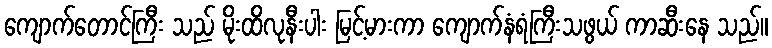
ကျောက်တောင်ကြီး သည် မိုးထိလုနီးပါး မြင့်မားကာ ကျောက်နံရံကြီးသဖွယ် ကာဆီးနေ သည်။